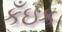
કઁઇક